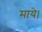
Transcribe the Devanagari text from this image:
माये।